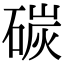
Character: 碳